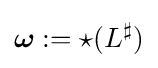
{\boldsymbol {\omega }}:={\star }(L^{\sharp })